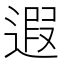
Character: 遐